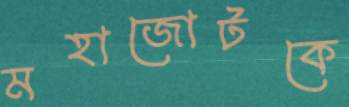
মহাজোটকে